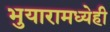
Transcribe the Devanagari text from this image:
भुयारामध्येही